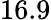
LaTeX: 16.9